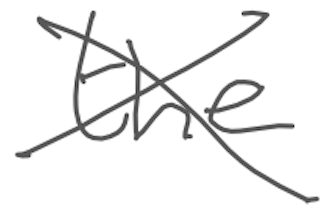
Text: the
Cross-out: cross
Writing tool: digital_gray